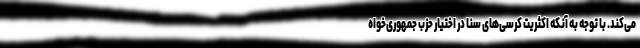
می‌کند. با توجه به آنکه اکثریت کرسی‌های سنا در اختیار حزب جمهوری‌خواه